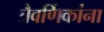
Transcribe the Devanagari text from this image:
त्रैवर्णिकांना